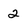
Character: 2